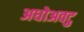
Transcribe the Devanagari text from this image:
अधोअवटु